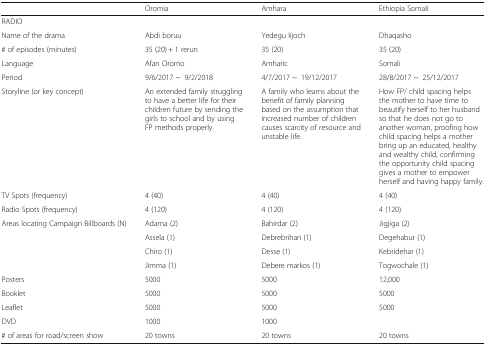
|  | Oromia | Amhara | Ethiopia Somali |
 | --- | --- | --- | --- |
 | <COLSPAN=4> RADIO |
 | Name of the drama | Abdi boruu | Yedegu lijoch | Dhaqasho |
 | # of episodes (minutes) | 35 (20) + 1 rerun | 35 (20) | 35 (20) |
 | Language | Afan Oromo | Amharic | Somali |
 | Period | 9/6/2017 ~9/2/2018 | 4/7/2017 ~19/12/2017 | 28/8/2017 ~25/12/2017 |
 | Storyline (or key concept) | An extended family struggling to have a better life for their children future by sending the girls to school and by using FP methods properly. | A family who learns about the benefit of family planning based on the assumption that increased number of children causes scarcity of resource and unstable life. | How FP/ child spacing helps the mother to have time to beautify herself to her husband so that he does not go to another woman, proofing how child spacing helps a mother bring up an educated, healthy and wealthy child, confirming the opportunity child spacing gives a mother to empower herself and having happy family. |
 | TV Spots (frequency) | 4 (40) | 4 (40) | 4 (40) |
 | Radio Spots (frequency) | 4 (120) | 4 (120) | 4 (120) |
 | <ROWSPAN=4> Areas locating Campaign Billboards (N) | Adama (2) | Bahirdar (2) | Jigjiga (2) |
 | Assela (1) | Debrebrihan (1) | Degehabur (1) |
 | Chiro (1) | Desse (1) | Kebridehar (1) |
 | Jimma (1) | Debere markos (1) | Togwochale (1) |
 | Posters | 5000 | 5000 | 12,000 |
 | Booklet | 5000 | 5000 | 5000 |
 | Leaflet | 5000 | 5000 | 5000 |
 | DVD | 1000 | 1000 |  |
 | # of areas for road/screen show | 20 towns | 20 towns | 20 towns |